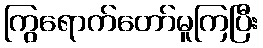
ကြွရောက်တော်မူကြပြီး